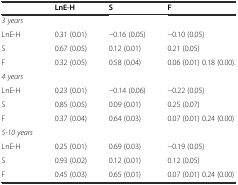
|  | LnE-H | S | F |
 | --- | --- | --- | --- |
 | 3 years |  |  |  |
 | LnE-H | 0.31 (0.01) | −0.16 (0.05) | −0.10 (0.05) |
 | S | 0.67 (0.05) | 0.12 (0.01) | 0.21 (0.05) |
 | F | 0.32 (0.05) | 0.58 (0.04) | 0.06 (0.01) 0.18 (0.00). |
 | 4 years |  |  |  |
 | LnE-H | 0.23 (0.01) | −0.14 (0.06) | −0.22 (0.05) |
 | S | 0.85 (0.05) | 0.09 (0.01) | 0.25 (0.07) |
 | F | 0.37 (0.04) | 0.64 (0.03) | 0.07 (0.01) 0.24 (0.00) |
 | 5-10 years |  |  |  |
 | LnE-H | 0.25 (0.01) | 0.69 (0.03) | −0.19 (0.05) |
 | S | 0.93 (0.02) | 0.12 (0.01) | 0.12 (0.05) |
 | F | 0.45 (0.03) | 0.65 (0.01) | 0.07 (0.01) 0.24 (0.00) |